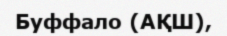
Буффало (АҚШ),